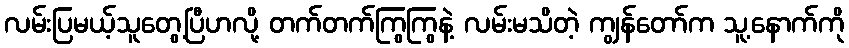
လမ်းပြမယ့်သူတွေ့ပြီဟလို့ တက်တက်ကြွကြွနဲ့ လမ်းမသိတဲ့ ကျွန်တော်က သူ့နောက်ကို